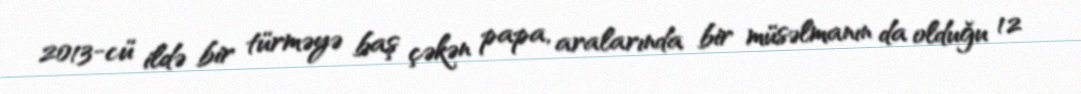
2013-cü ildə bir türməyə baş çəkən papa, aralarında bir müsəlmanın da olduğu 12